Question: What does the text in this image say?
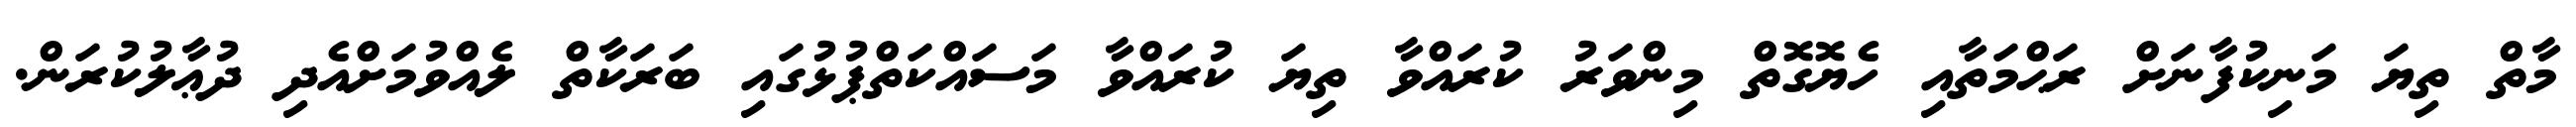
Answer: މާތް ތިޔަ މަނިކުފާނަށް ރަޙްމަތާއި ހެޔޮގޮތް މިންވަރު ކުރައްވާ ތިޔަ ކުރައްވާ މަސައްކަތްޕުޅުގައި ބަރަކާތް ލެއްވުމަށްއެދި ދުޢާލުކުރަން.